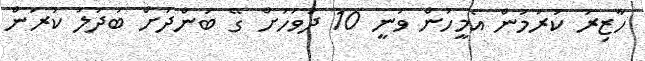
ހާޒިރު ކުރުމުން އެމީހުން ވަނީ 10 ދުވަހަށް ގޭ ބަންދަށް ބަދަލު ކުރަން